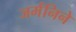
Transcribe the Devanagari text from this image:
जर्मनिने